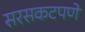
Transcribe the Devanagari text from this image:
सरसकटपणे